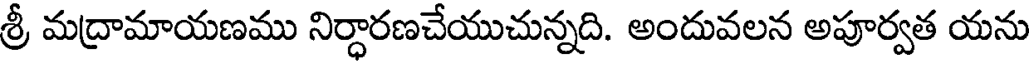
శ్రీ మద్రామాయణము నిర్ధారణచేయుచున్నది. అందువలన అపూర్వత యను